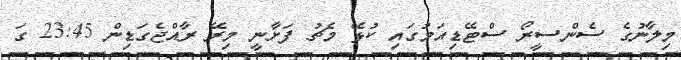
މިލާނުގެ ސެންސީރޯ ސްޓޭޑިއަމުގައި ކުޅޭ މެޗު ފަށާނީ މިރޭ ރާއްޖެގަޑިން 23:45 ގަ